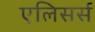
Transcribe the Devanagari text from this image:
एलिसर्स